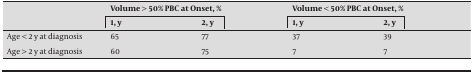
|  | <COLSPAN=2> Volume > 50% PBC at Onset, % | <COLSPAN=2> Volume < 50% PBC at Onset, % |
 |  | 1, y | 2, y | 1, y | 2, y |
 | --- | --- | --- | --- | --- |
 | Age < 2 y at diagnosis | 65 | 77 | 37 | 39 |
 | Age > 2 y at diagnosis | 60 | 75 | 7 | 7 |